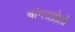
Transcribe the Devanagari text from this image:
बांग्लाद्रोही